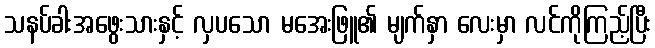
သနပ်ခါးအဖွေးသားနှင့် လှပသော မအေးဖြူ၏ မျက်နှာ လေးမှာ လင်ကိုကြည့်ပြီး